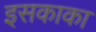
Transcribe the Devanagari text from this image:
इसकाका